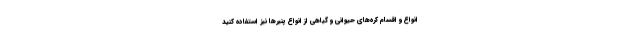
انواع و اقسام کره‌های حیوانی و گیاهی از انواع پنیرها نیز استفاده کنید